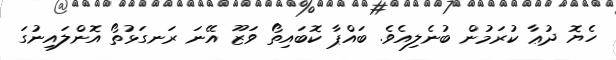
ހެޔޮ ދުޢާ ކުރަމުން ބުނެލިއެވެެ. ބައްޕާ ކޮބައިތޯ ވަޒޫ އޭނަ ރަނގަޅުތޯ އޮންލައިނުގަ